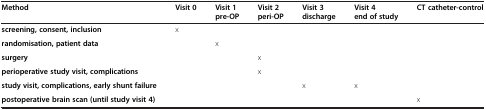
| Method | Visit 0 | Visit 1 pre-OP | Visit 2 peri-OP | Visit 3 discharge | Visit 4 end of study | CT catheter-control |
 | --- | --- | --- | --- | --- | --- | --- |
 | screening, consent, inclusion | x |  |  |  |  |  |
 | randomisation, patient data |  | x |  |  |  |  |
 | surgery |  |  | x |  |  |  |
 | perioperative study visit, complications |  |  | x |  |  |  |
 | study visit, complications, early shunt failure |  |  |  | x | x |  |
 | postoperative brain scan (until study visit 4) |  |  |  |  |  | x |